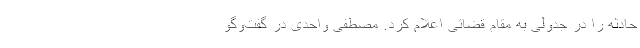
حادثه را در جدولی به مقام قضائی اعلام کرد. مصطفی واحدی در گفت‌وگو